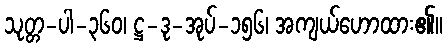
သုတ္တ-ပါ-၃၆၀၊ ဋ္ဌ-ဒု-အုပ်-၁၅၆၊ အကျယ်ဟောထား၏။